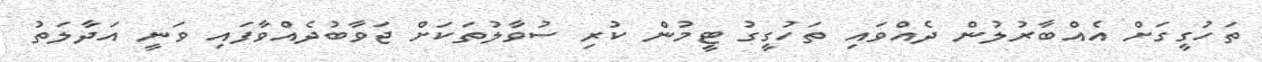
ތަހުގީގަށް އެއްބާރުލުން ދެއްވައި ތަހުގީގު ޓީމުން ކުރި ސުވާލުތަކަށް ޖަވާބުދެއްވާފައި ވަނީ އަދާލަތު